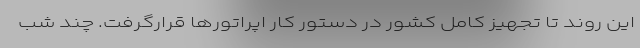
این روند تا تجهیز کامل کشور در دستور کار اپراتورها قرارگرفت. چند شب